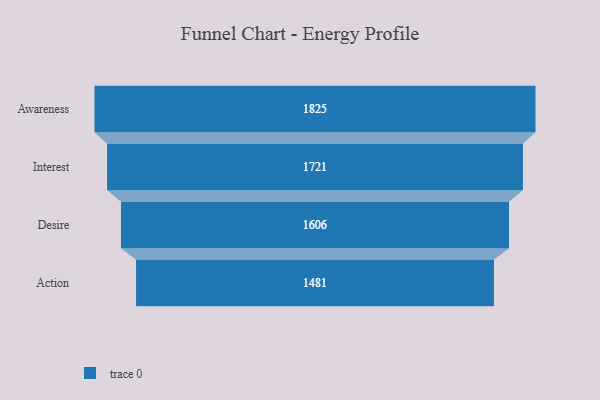
{"axis": {"x": "Stage", "y": "Value"}, "legend": [""], "data": [{"x": "Awareness", "y": 1825.0, "type": ""}, {"x": "Interest", "y": 1721.0, "type": ""}, {"x": "Desire", "y": 1606.0, "type": ""}, {"x": "Action", "y": 1481.0, "type": ""}]}